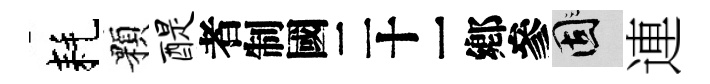
耗顆醍识固連